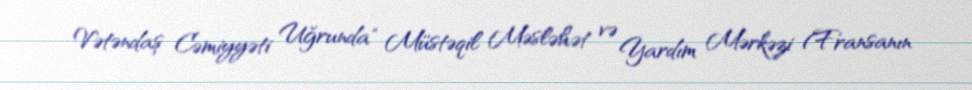
Vətəndaş Cəmiyyəti Uğrunda" Müstəqil Məsləhət və Yardım Mərkəzi (Fransanın